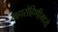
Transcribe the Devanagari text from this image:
महारोहिणीमध्ये